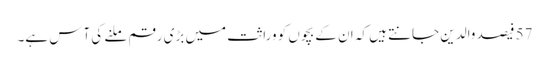
57 فیصد والدین جانتے ہیں کہ ان کے بچوں کو وراثت میں بڑی رقم ملنے کی آس ہے۔